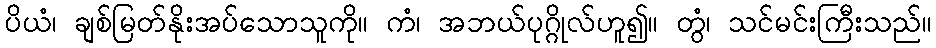
ပိယံ၊ ချစ်မြတ်နိုးအပ်သောသူကို။ ကံ၊ အဘယ်ပုဂ္ဂိုလ်ဟူ၍။ တွံ၊ သင်မင်းကြီးသည်။